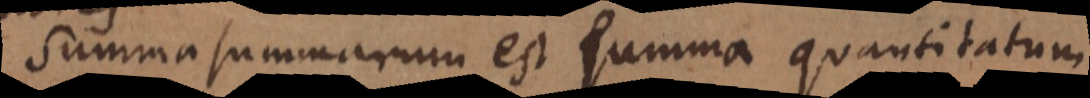
Summa summarum est summa quantitatum